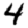
Digit: 4